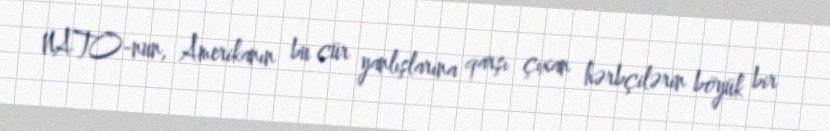
NATO-nun, Amerikanın bu cür yanlışlarına qarşı çıxan hərbçilərin böyük bir